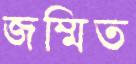
জম্মিত